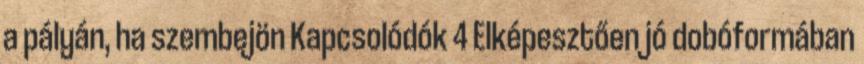
a pályán, ha szembejön Kapcsolódók 4 Elképesztően jó dobóformában